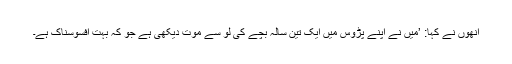
انھوں نے کہا: ’میں نے اپنے پڑوس میں ایک تین سالہ بچے کی لو سے موت دیکھی ہے جو کہ بہت افسوسناک ہے۔